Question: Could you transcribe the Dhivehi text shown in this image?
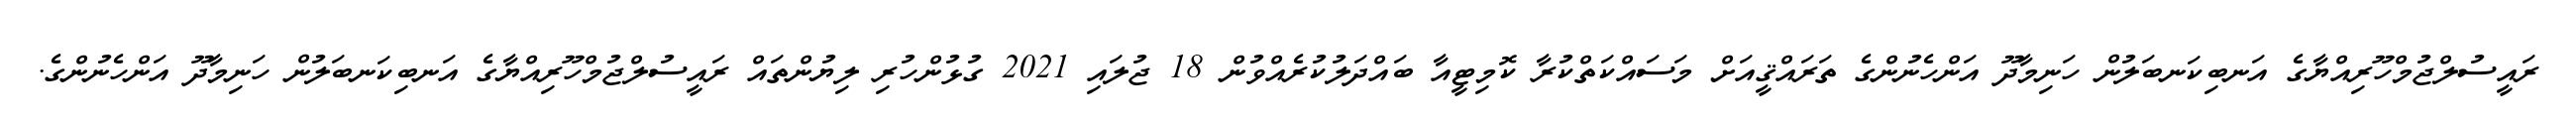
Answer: ރައީސުލްޖުމްހޫރިއްޔާގެ އަނބިކަނބަލުން ހަނިމާދޫ އަންހެނުންގެ ތަރައްޤީއަށް މަސައްކަތްކުރާ ކޮމިޓީއާ ބައްދަލުކުރެއްވުން 18 ޖުލައި 2021 ގުޅުންހުރި ލިޔުންތައް ރައީސުލްޖުމްހޫރިއްޔާގެ އަނބިކަނބަލުން ހަނިމާދޫ އަންހެނުންގެ.